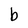
Character: b